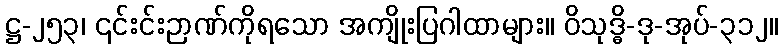
ဋ္ဌ-၂၅၃၊ ၎င်းင်းဉာဏ်ကိုရသော အကျိုးပြဂါထာများ။ ဝိသုဒ္ဓိ-ဒု-အုပ်-၃၁၂။